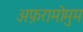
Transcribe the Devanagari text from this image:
अफ़रामोमुम